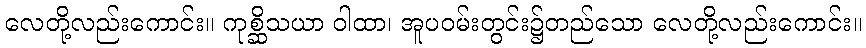
လေတို့လည်းကောင်း။ ကုစ္ဆိသယာ ဝါထာ၊ အူပဝမ်းတွင်း၌တည်သော လေတို့လည်းကောင်း။